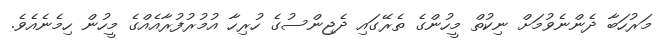
މަރުހަބާ ދެންނެވުމަށް ނިކުތް މީހުންގެ ތެރޭގައި ދެޖިންސުގެ ހުރިހާ އުމުރުފުރާއެއްގެ މީހުން ހިމެނެއެވެ.